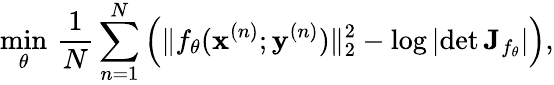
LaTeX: \underset{\theta}{\operatorname*{min}}\, \frac{1}{N}\sum_{n=1}^{N}\left(\lVert f_{\theta}(\mathbf{x}^{(n)};\mathbf{y}^{(n)})\rVert_{2}^{2}-\log\left|\operatorname*{det}{\mathbf{J}_{f_{\theta}}}\right|\right),